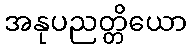
အနုပညတ္တိယော